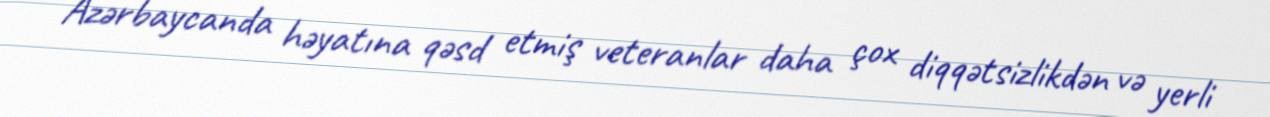
Azərbaycanda həyatına qəsd etmiş veteranlar daha çox diqqətsizlikdən və yerli